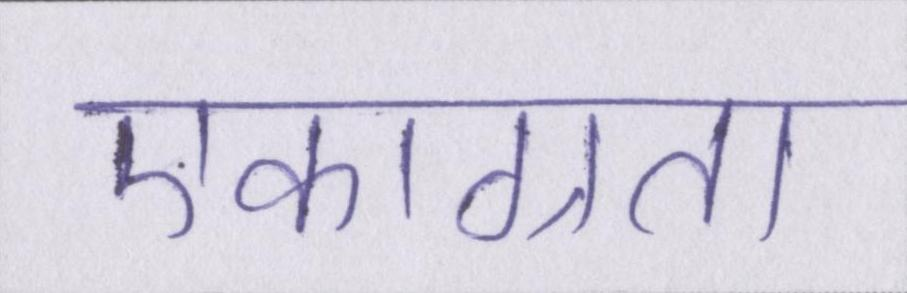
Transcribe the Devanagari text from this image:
एकाग्रता